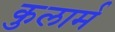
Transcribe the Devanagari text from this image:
कुलार्म